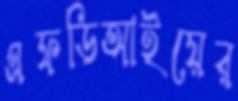
এফডিআইয়ের